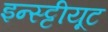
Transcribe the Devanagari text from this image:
इन्स्ट्टीयूट